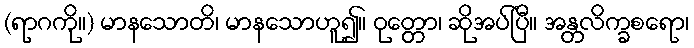
(ရာဂကို။) မာနသောတိ၊ မာနသောဟူ၍။ ဝုတ္တော၊ ဆိုအပ်ပြီ။ အန္တလိက္ခစရော၊